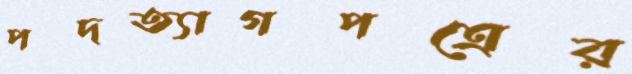
পদত্যাগপত্রের